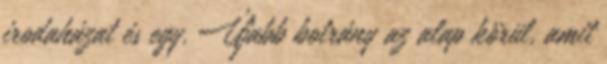
irodaházat és egy. Újabb botrány az alap körül, amit